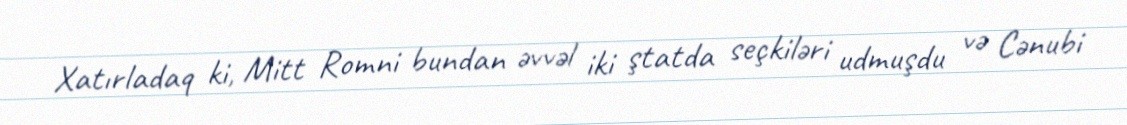
Xatırladaq ki, Mitt Romni bundan əvvəl iki ştatda seçkiləri udmuşdu və Cənubi